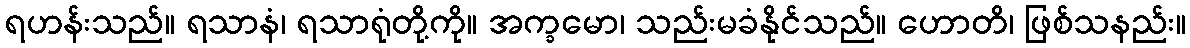
ရဟန်းသည်။ ရသာနံ၊ ရသာရုံတို့ကို။ အက္ခမော၊ သည်းမခံနိုင်သည်။ ဟောတိ၊ ဖြစ်သနည်း။